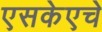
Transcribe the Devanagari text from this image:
एसकेएचे